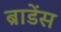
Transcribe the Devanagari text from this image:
ब्राडेंस